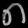
Digit: ၈